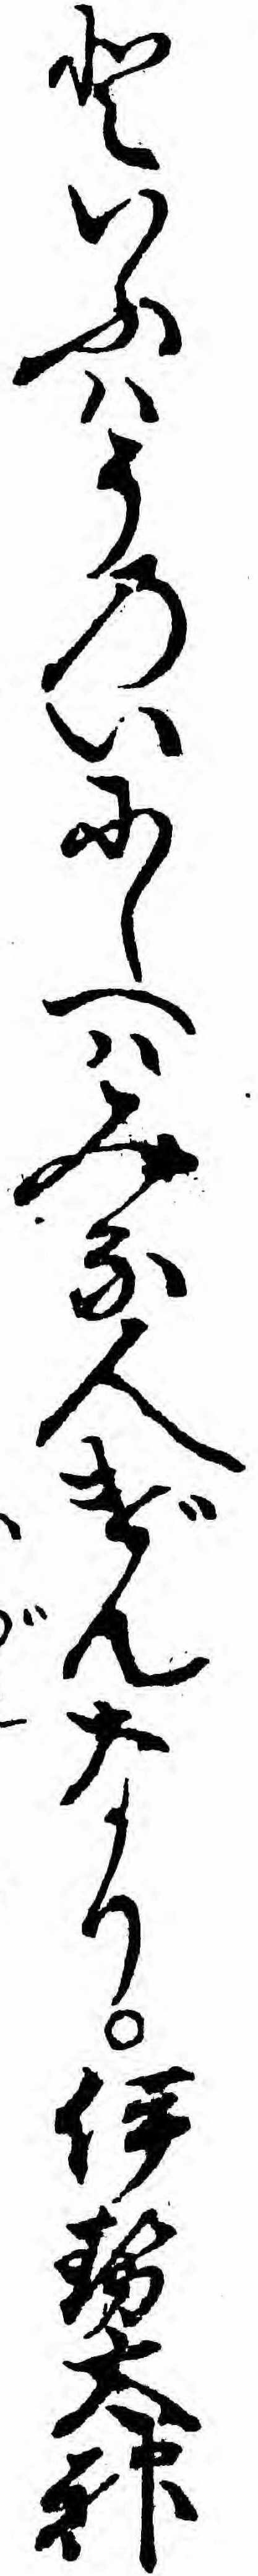
といふハそのいにしへハみな人げんなり伊勢太神